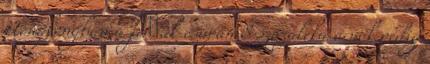
Hongkongban a férﬁak csupán 8 százaléka a nők pedig